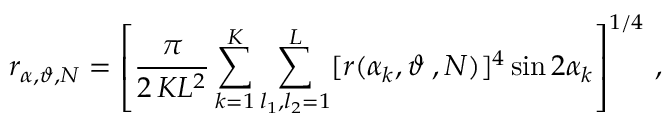
r _ { \alpha , \boldsymbol { \vartheta } , N } = \left[ \frac { \pi } { 2 \, K L ^ { 2 } } \sum _ { k = 1 } ^ { K } \sum _ { l _ { 1 } , l _ { 2 } = 1 } ^ { L } [ r ( \alpha _ { k } , \boldsymbol { \vartheta } _ { \mathbf { \ell } } , N ) ] ^ { 4 } \sin 2 \alpha _ { k } \right] ^ { 1 / 4 } \, ,